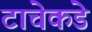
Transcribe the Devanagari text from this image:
टाचेकडे